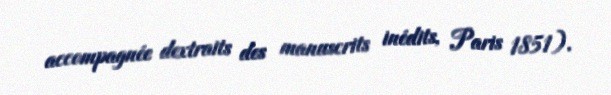
accompagnée dextraits des manuscrits inédits, Paris 1851).